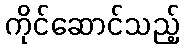
ကိုင်ဆောင်သည့်